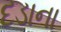
દડાના